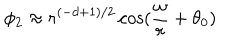
LaTeX: \phi _ { 2 } \approx r ^ { ( - d + 1 ) / 2 } \cos ( \frac { \omega } { r } + \theta _ { 0 } )